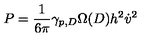
P = \frac { 1 } { 6 \pi } \gamma _ { p , D } \Omega ( D ) h ^ { 2 } \dot { v } ^ { 2 }